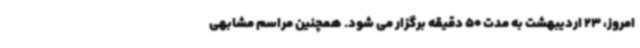
امروز، 23 اردیبهشت به مدت 50 دقیقه برگزار می شود. همچنین مراسم مشابهی